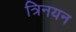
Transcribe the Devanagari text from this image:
त्रिनयन